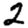
Digit: 2